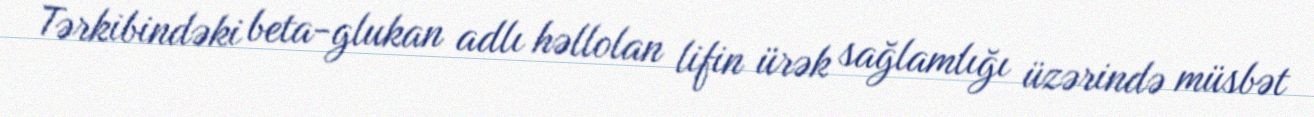
Tərkibindəki beta-glukan adlı həllolan lifin ürək sağlamlığı üzərində müsbət